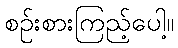
စဉ်းစားကြည့်ပေါ့။